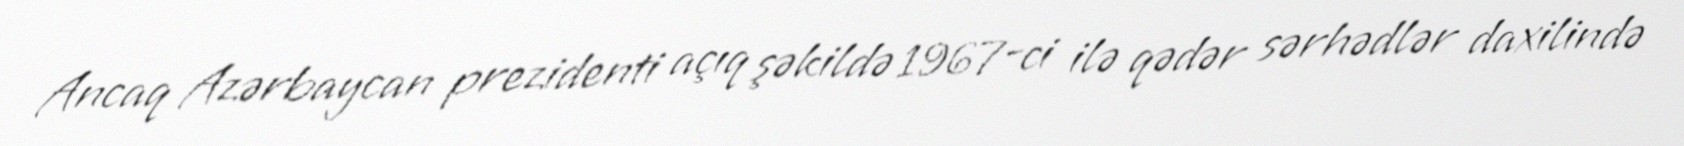
Ancaq Azərbaycan prezidenti açıq şəkildə 1967-ci ilə qədər sərhədlər daxilində